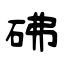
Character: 砩